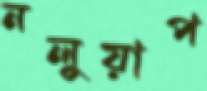
নলুয়াপ